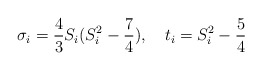
\begin{align*}{\sigma}_i = {4\over 3}S_i(S_i^2-{7\over 4}), \quad t_i = S_i^2-{5\over 4}\end{align*}